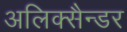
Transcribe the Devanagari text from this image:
अलिक्सैन्डर